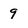
Character: 9